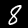
Label: 8